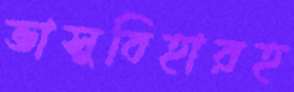
ভাসুবিহারহ